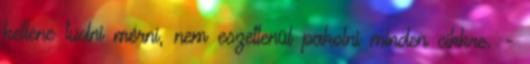
kellene tudni mérni, nem eszetlenül pakolni minden cikkre. -